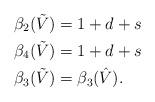
LaTeX: \begin{align*} \beta_2( \tilde V ) &= 1 + d + s \\ \beta_4( \tilde V ) &= 1 + d + s \\ \beta_3( \tilde V ) & = \beta_3( \hat V ).\end{align*}